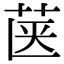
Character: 𮎿